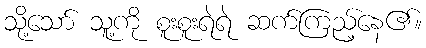
သို့သော် သူ့ကို စူးစူးရဲရဲ ဆက်ကြည့်နေ၏။